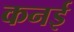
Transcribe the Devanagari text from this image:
कनई